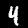
Digit: 4